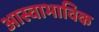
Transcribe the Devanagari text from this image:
आस्वाभाविक